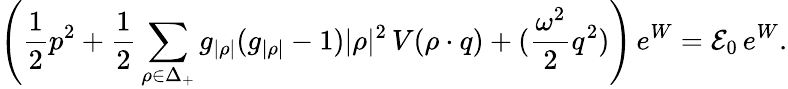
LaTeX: \left({\frac{1}{2}}p^{2}+{\frac{1}{2}}\sum_{\rho\in\Delta_{+}}g_{|\rho|}(g_{|\rho|}-1)|\rho|^{2}\, V(\rho\cdot q)+({\frac{\omega^{2}}{2}}q^{2})\right)\, e^{W}={\cal E}_{0}\, e^{W}.